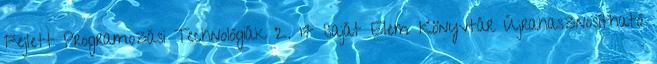
Fejlett Programozási Technológiák 2. 17 Saját Elem Könyvtár Újrahasznosítható